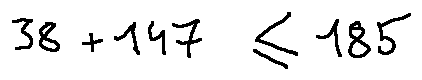
3 8 + 1 4 7 \leq 1 8 5